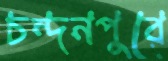
চন্দনপুরে